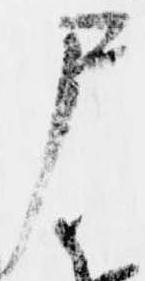
尸